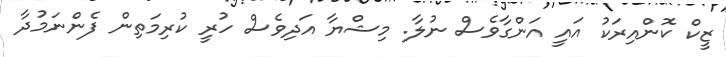
ޒީކް ކޮންއިރަކު އައީ އަންގާވެސް ނުލާ. މިޝްޔާ އަދިވެސް ހުރީ ކުރިމަތިން ފެންނަމުދާ